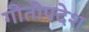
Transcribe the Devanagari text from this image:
गीतोपदेश